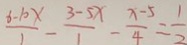
\frac { 6 - 1 0 x } { 1 } - \frac { 3 - 5 x } { 1 } - \frac { x - 5 } { 4 } = \frac { 1 } { 2 }